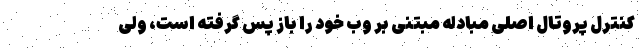
کنترل پروتال اصلی مبادله مبتنی بر وب خود را باز پس گرفته است، ولی